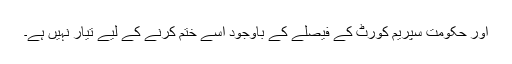
اور حکومت سپریم کورٹ کے فیصلے کے باوجود اسے ختم کرنے کے لیے تیار نہیں ہے۔